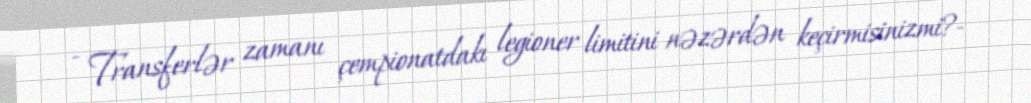
- Transferlər zamanı çempionatdakı legioner limitini nəzərdən keçirmisinizmi?-